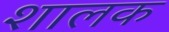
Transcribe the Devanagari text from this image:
शालक